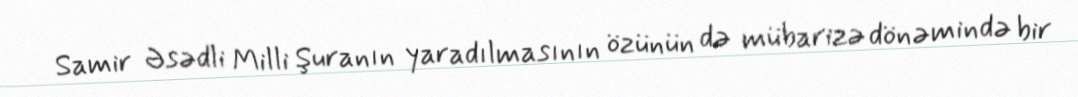
Samir Əsədli Milli Şuranın yaradılmasının özünün də mübarizə dönəmində bir